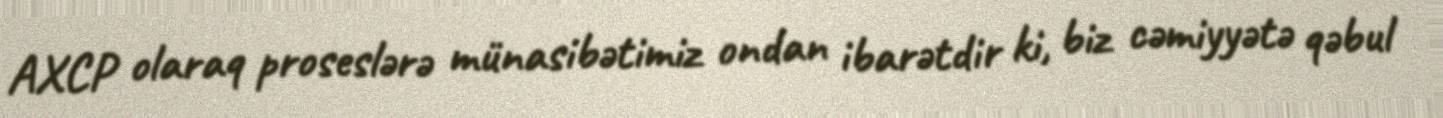
AXCP olaraq proseslərə münasibətimiz ondan ibarətdir ki, biz cəmiyyətə qəbul